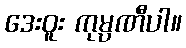
ဒေးဝူး ကုမ္ပဏီပါ။